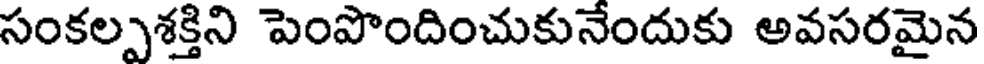
సంకల్పశక్తిని పెంపొందించుకునేందుకు అవసరమైన